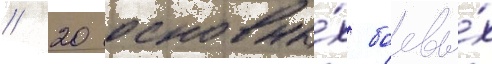
// 20 основны́х боевы́х